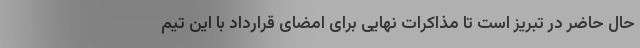
حال حاضر در تبریز است تا مذاکرات نهایی برای امضای قرارداد با این تیم